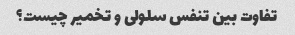
تفاوت بین تنفس سلولی و تخمیر چیست؟